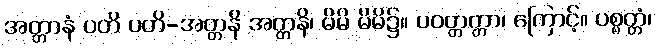
အတ္တာနံ ပတိ ပတိ-အတ္တနိ အတ္တနိ၊ မိမိ မိမိ၌။ ပဝတ္တတ္တာ၊ ကြောင့်။ ပစ္စတ္တံ၊